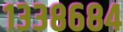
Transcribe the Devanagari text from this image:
१३३८६८४